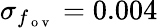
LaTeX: \sigma_{f_{\mathrm{~o~v~}}}=0.004